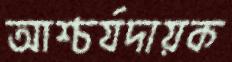
আশ্চর্যদায়ক